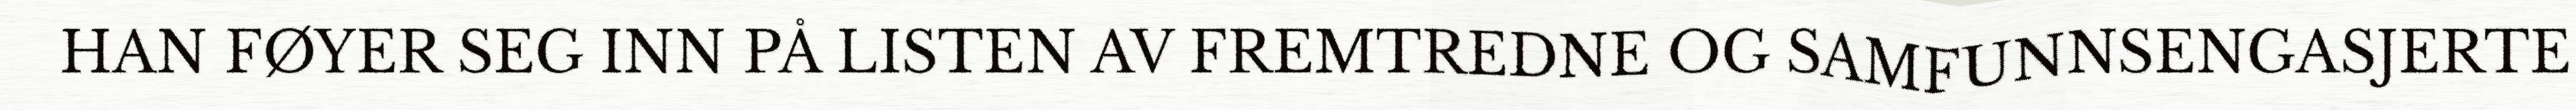
HAN FØYER SEG INN PÅ LISTEN AV FREMTREDNE OG SAMFUNNSENGASJERTE